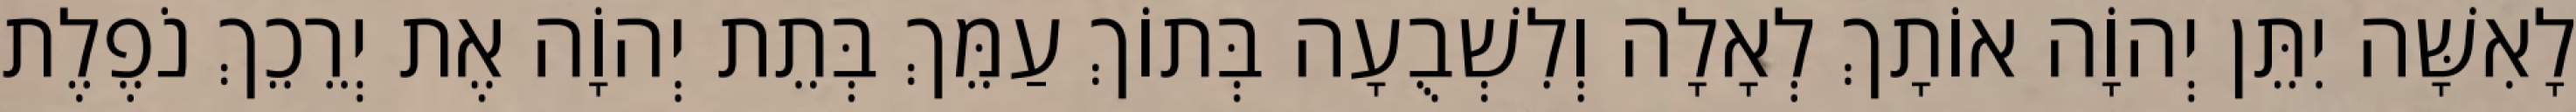
לָאִשָּׁה יִתֵּן יְהוָֹה אוֹתָךְ לְאָלָה וְלִשְׁבֻעָה בְּתוֹךְ עַמֵּךְ בְּתֵת יְהוָֹה אֶת יְרֵכֵךְ נֹפֶלֶת